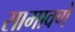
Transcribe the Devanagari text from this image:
सामावणे